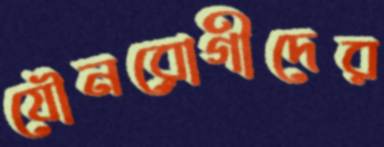
যৌনরোগীদের